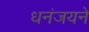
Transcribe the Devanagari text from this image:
धनंजयने